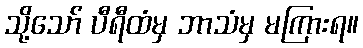
သို့သော် ပီရီထံမှ ဘာသံမှ မကြားရ။